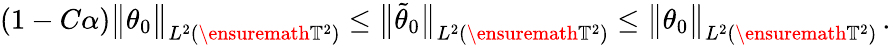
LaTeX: (1-C\alpha)\bigl\| \theta_{0}\bigr\| _{L^{2}(\ensuremath{\mathbb{T}}^{2})}\leq\bigl\| \tilde{\theta}_{0}\bigr\| _{L^{2}(\ensuremath{\mathbb{T}}^{2})}\leq\bigl\| \theta_{0}\bigr\| _{L^{2}(\ensuremath{\mathbb{T}}^{2})}\, .